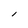
Character: l